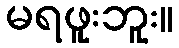
မရဖူးဘူး။